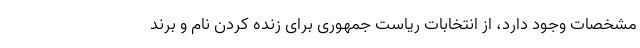
مشخصات وجود دارد، از انتخابات ریاست جمهوری برای زنده کردن نام و برند